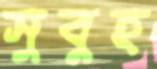
সুবুহ